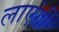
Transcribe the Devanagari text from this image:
लाएंगीं